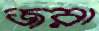
জরা